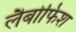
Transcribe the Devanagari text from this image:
लैबोफिश